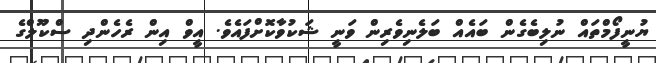
ޔުނީފޯމްތައް ނުލިބެގެން ބައެއް ބަލެނިވެރިން ވަނީ ޝަކުވާކޮށްފައެވެ. އީވް އިން ރެހެންދި ސްކޫލްގެ